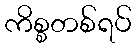
ကိစ္စတစ်ရပ်